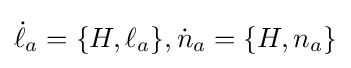
{\dot {\ell }}_{a}=\{H,\ell _{a}\},{\dot {n}}_{a}=\{H,n_{a}\}